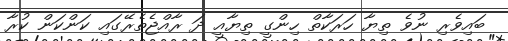
ބައިވެރި ނުވެ ތިޔާ ހަރަކާތް ހިންގީ ތިޔާއީ ދަ ރާއްޖެތެރޭގައި ކަންކަން ކުރާ